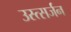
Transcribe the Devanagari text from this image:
उस्त्सर्जन